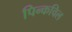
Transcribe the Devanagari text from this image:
पिन्कविल